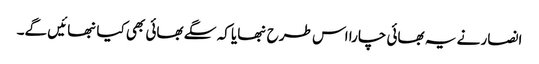
انصار نے یہ بھائی چارا اس طرح نبھایا کہ سگے بھائی بھی کیانبھائیں گے۔